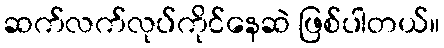
ဆက်လက်လုပ်ကိုင်နေဆဲ ဖြစ်ပါတယ်။